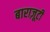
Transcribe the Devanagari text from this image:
बाराज़ूटी